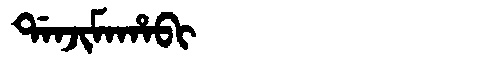
Manchu: ᡩᠠᠨᠵᡳᠮᠠᡥᠠᠪᡳ
Romanization: DANJIMAHABI